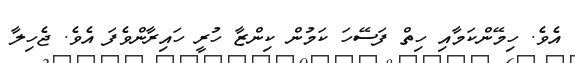
އެވެ. ހިމޭންކަމާއި ހިތް ފަސޭހަ ކަމުން ކިންޒާ ހުރީ ހައިރާންވެފަ އެވެ. ޖެހިލާ